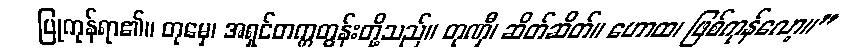
ပြုကုန်ရာ၏။ တုမှေ၊ အရှင်တက္ကတွန်းတို့သည်။ တုဏှီ၊ ဆိတ်ဆိတ်။ ဟောထ၊ ဖြစ်ကုန်လော့။”